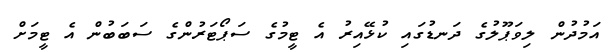
އަމުދުން ލިވަޕޫލުގެ ދަނޑުގައި ކުޅޭއިރު އެ ޓީމުގެ ސަޕޯޓަރުންގެ ސަބަބުން އެ ޓީމަށް